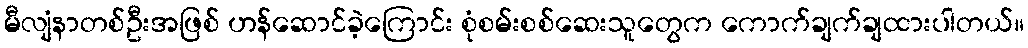
မီလျံနာတစ်ဦးအဖြစ် ဟန်ဆောင်ခဲ့ကြောင်း စုံစမ်းစစ်ဆေးသူတွေက ကောက်ချက်ချထားပါတယ်။